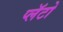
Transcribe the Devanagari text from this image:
प्लॅटो